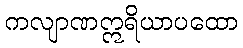
ကလျာဏဣရိယာပထော